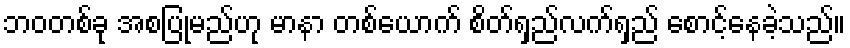
ဘဝတစ်ခု အစပြုမည်ဟု မာနာ တစ်ယောက် စိတ်ရှည်လက်ရှည် စောင့်နေခဲ့သည်။